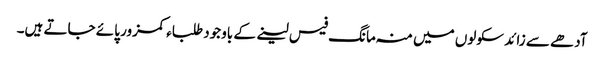
آدھے سے زائد سکولوں میں منہ مانگ فیس لینے کے باوجود طلباء کمزور پائے جاتے ہیں۔